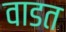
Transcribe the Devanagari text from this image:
वाडत